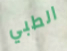
الطبي